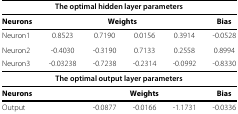
<table><thead><tr><td colspan="6"><b>The optimal hidden layer parameters</b></td></tr></thead><tbody><tr><td><b>Neurons</b></td><td colspan="4"><b>Weights</b></td><td><b>Bias</b></td></tr><tr><td>Neuron1</td><td>0.8523</td><td>0.7190</td><td>0.0156</td><td>0.3914</td><td>-0.0528</td></tr><tr><td>Neuron2</td><td>-0.4030</td><td>-0.3190</td><td>0.7133</td><td>0.2558</td><td>0.8994</td></tr><tr><td>Neuron3</td><td>-0.03238</td><td>-0.7238</td><td>-0.2314</td><td>-0.0992</td><td>-0.8330</td></tr><tr><td colspan="6"><b>The optimal output layer parameters</b></td></tr><tr><td><b>Neurons</b></td><td>[EMPTY_CELL]</td><td colspan="3"><b>Weights</b></td><td><b>Bias</b></td></tr><tr><td>Output</td><td>[EMPTY_CELL]</td><td>-0.0877</td><td>-0.0166</td><td>-1.1731</td><td>-0.0336</td></tr></tbody></table>